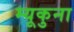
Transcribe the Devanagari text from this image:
म्यूकुना